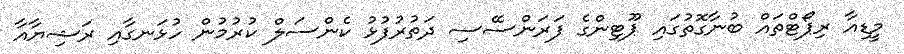
މީޑިއާ ރިޕޯޓްތައް ބުނާގޮތުގައި ޕޫޓިންގެ ފަރަންސޭސި ދަތުރުފުޅު ކެންސަލް ކުރުމުން ހުޅަނގާއި ރަޝިޔާއާ